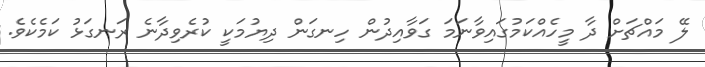
ލޭ މައްޗަށް ދާ މީހެއްކަމުގައިވާނަމަ ގަވާއިދުން ހިނގަން ދިޔުމަކީ ކުރެވިދާނެ ރަނގަޅު ކަމެކެވެ.